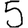
Digit: 5